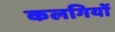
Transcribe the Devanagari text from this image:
कलगियों